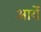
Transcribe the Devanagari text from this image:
आर्ये